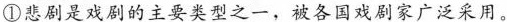
①悲剧是戏剧的主要类型之一，被各国戏剧家广泛采用。